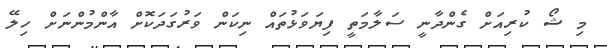
މި ޝޯ ކުރިއަށް ގެންދާނީ ސަލާމަތީ ފިޔަވަޅުތައް ނިކަން ވަރުގަދަކޮށް އާންމުންނަށް ހިލޭ